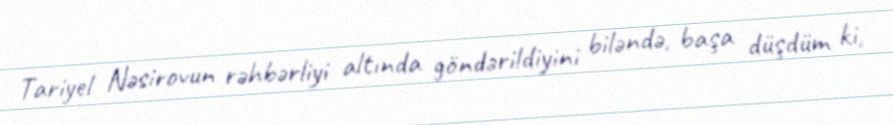
Tariyel Nəsirovun rəhbərliyi altında göndərildiyini biləndə, başa düşdüm ki,